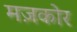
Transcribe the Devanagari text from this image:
मज़कोर